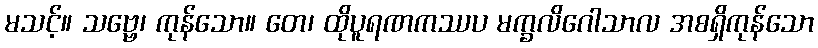
မသင့်။ သဗ္ဗေ၊ ကုန်သော။ တေ၊ ထိုပူရဏကဿပ မက္ခလိဂေါသာလ အစရှိကုန်သော